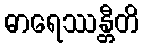
ဓာရေဿန္တီတိ